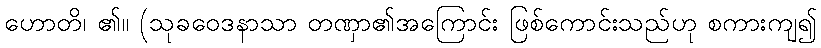
ဟောတိ၊ ၏။ (သုခဝေဒနာသာ တဏှာ၏အကြောင်း ဖြစ်ကောင်းသည်ဟု စကားကျ၍